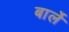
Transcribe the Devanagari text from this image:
बार्ले